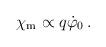
LaTeX: \begin{align*}\chi_{\rm m} \propto q \dot{\varphi}_0 \,.\end{align*}